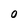
Character: O